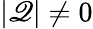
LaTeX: \vert\mathscr{Q}\vert\ne0